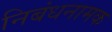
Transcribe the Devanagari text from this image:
निबंधनामक